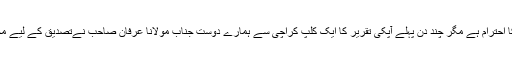
ہمارے دل میں آپکا احترام ہے مگر چند دن پہلے آپکی تقریر کا ایک کلپ کراچی سے ہمارے دوست جناب مولانا عرفان صاحب نےتصدیق کے لیے مجھے وٹس اپ کیا۔